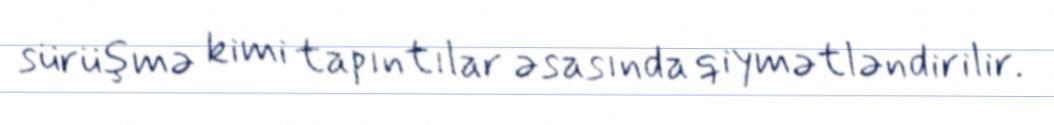
sürüşmə kimi tapıntılar əsasında qiymətləndirilir.